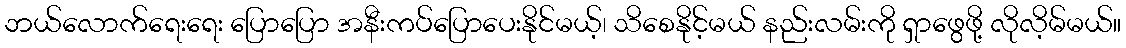
ဘယ်လောက်ရေးရေး ပြောပြော အနီးကပ်ပြောပေးနိုင်မယ့်၊ သိစေနိုင့်မယ် နည်းလမ်းကို ရှာဖွေဖို့ လိုလိ့မ်မယ်။